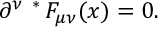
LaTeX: \partial ^ { \nu } \mathrm { \mathrm { } ~ ^ { * } \! ~ } F _ { \mu \nu } ( x ) = 0 .